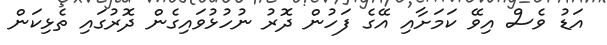
އަޑު ވެސް އިވޭ ކަމަށާއި އޭގެ ފަހުން ދޮރު ނުހުޅުވައިގެން ދޮރުގައި ތެޅިކަން